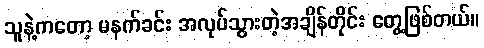
သူနဲ့ကတော့ မနက်ခင်း အလုပ်သွားတဲ့အချိန်တိုင်း တွေ့ဖြစ်တယ်။